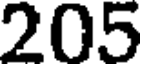
205